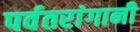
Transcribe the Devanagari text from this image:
पर्वतरांगानी